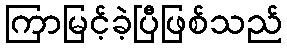
ကြာမြင့်ခဲ့ပြီဖြစ်သည်